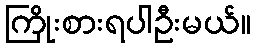
ကြိုးစားရပါဦးမယ်။